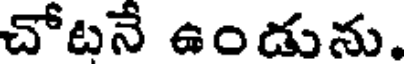
చోటనే ఉండును.